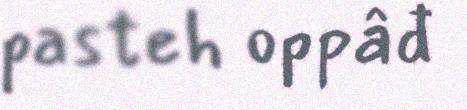
pasteh oppâđ